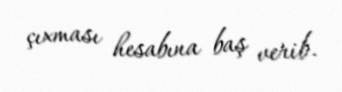
çıxması hesabına baş verib.